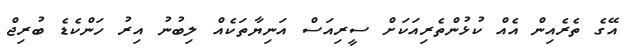
އޭގެ ތެރެއިން އެއް ކުޅުންތެރިއަކަށް ސީރިއަސް އަނިޔާތަކެއް ލިބުނު އިރު ހަންކެޑެ ބުރިޖް